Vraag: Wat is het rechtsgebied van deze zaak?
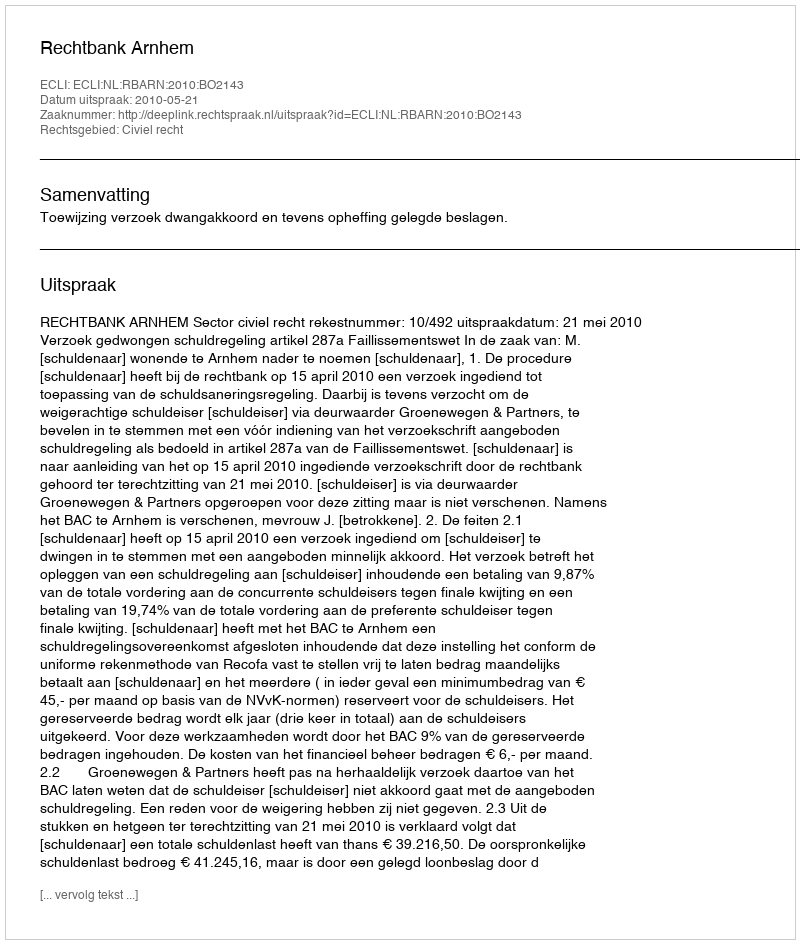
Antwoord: Civiel recht